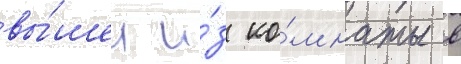
вы́шел и́з ко́мнаты в